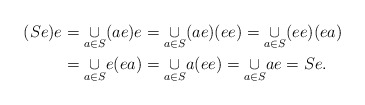
\begin{align*}(Se)e & =\underset{a\in S}{\cup}(ae)e=\underset{a\in S}{\cup}(ae)(ee)=\underset{a\in S}{\cup}(ee)(ea)\\ & =\underset{a\in S}{\cup}e(ea)=\underset{a\in S}{\cup}a(ee)=\underset{a\in S}{\cup}ae=Se.\end{align*}